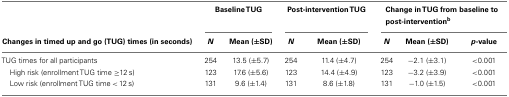
<table><thead><tr><td>[EMPTY_CELL]</td><td colspan="2"><b>Baseline TUG</b></td><td colspan="2"><b>Post-intervention TUG</b></td><td colspan="3"><b>Change in TUG from baseline to post-intervention<sup>b</sup></b></td></tr><tr><td><b>Changes in timed up and go (TUG) times (in seconds)</b></td><td><b><i>N</i></b></td><td><b>Mean (±SD)</b></td><td><b><i>N</i></b></td><td><b>Mean (±SD)</b></td><td><b><i>N</i></b></td><td><b>Mean (±SD)</b></td><td><b><i>p</i>-value</b></td></tr></thead><tbody><tr><td>TUG times for all participants</td><td>254</td><td>13.5 (±5.7)</td><td>254</td><td>11.4 (±4.7)</td><td>254</td><td>−2.1 (±3.1)</td><td>&lt;0.001</td></tr><tr><td> High risk (enrollment TUG time ≥12 s)</td><td>123</td><td>17.6 (±5.6)</td><td>123</td><td>14.4 (±4.9)</td><td>123</td><td>−3.2 (±3.9)</td><td>&lt;0.001</td></tr><tr><td> Low risk (enrollment TUG time &lt; 12 s)</td><td>131</td><td>9.6 (±1.4)</td><td>131</td><td>8.6 (±1.8)</td><td>131</td><td>−1.0 (±1.5)</td><td>&lt;0.001</td></tr></tbody></table>